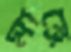
মাঙ্গে